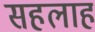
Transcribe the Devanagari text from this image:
सहलाह